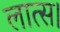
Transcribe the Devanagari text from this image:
लात्स।